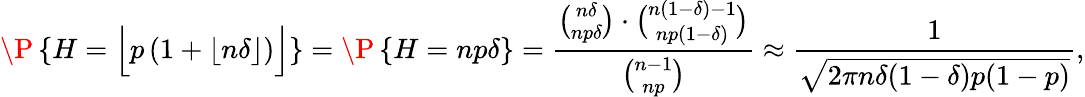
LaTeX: \P\left\{ H=\Big\lfloor p\left(1+\lfloor n\delta\rfloor\right)\Big\rfloor\right\} =\P\left\{ H=np\delta\right\} =\frac{{\binom{n\delta}{np\delta}}\cdot{\binom{n(1-\delta)-1}{np(1-\delta)}}}{{\binom{n-1}{np}}}\approx\frac{1}{\sqrt{2\pi n\delta(1-\delta)p(1-p)}},